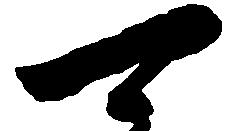
可